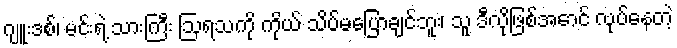
ဂျူးဒစ်၊ မင်းရဲ့ သားကြီး ဩရသကို ကိုယ် သိပ်မပြောချင်ဘူး၊ သူ ဒီလိုဖြစ်အောင် လုပ်နေတဲ့